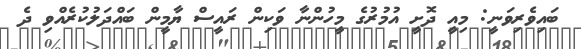
ބައިވެރިވަނީ: މިއީ ދޮށީ އުމުރުގެ މީހުންނާ ވަކިން ރައީސް ޔާމީން ބައްދަލުކުރެއްވި ދެ